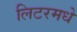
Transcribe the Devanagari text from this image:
लिटरमधे